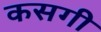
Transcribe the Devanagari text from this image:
कसगी